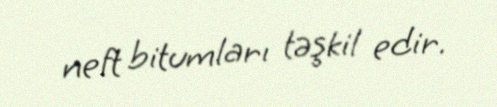
neft bitumları təşkil edir.